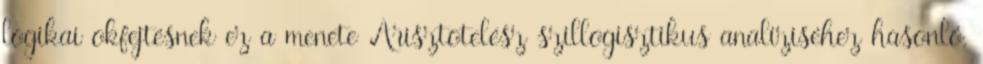
logikai okfejtésnek ez a menete Arisztotelész szillogisztikus analíziséhez hasonló,